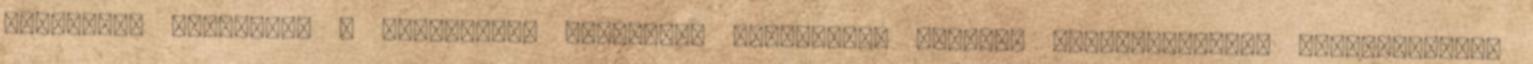
Rocky-ban zsűrizett A tengerpart zsűrizett Pihenőhely részlet Bali,Indonézia magántulajdon